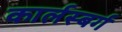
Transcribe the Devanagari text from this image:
कार्लस्बर्ग